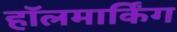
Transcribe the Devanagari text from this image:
हॉलमार्किंग